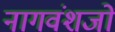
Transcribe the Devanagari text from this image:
नागवंशजों